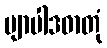
ဗျာပါဒဓာတုံ